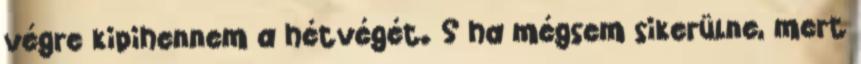
végre kipihennem a hétvégét. S ha mégsem sikerülne, mert